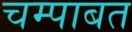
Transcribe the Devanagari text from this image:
चम्पाबत